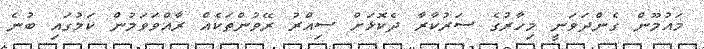
މައުމޫން ގެންދަވަނީ މިހާރުގެ ސަރުކާރާ ދެކޮޅަށް ސިއްރު ރޭވުންތަކެއް ރާއްވަވަމުން ކަމުގައި ބުނެ